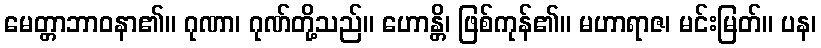
မေတ္တာဘာဝနာ၏။ ဂုဏာ၊ ဂုဏ်တို့သည်။ ဟောန္တိ၊ ဖြစ်ကုန်၏။ မဟာရာဇ၊ မင်းမြတ်။ ပန၊